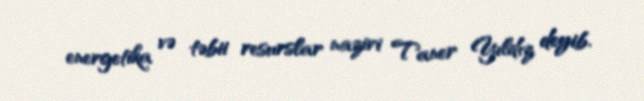
energetika və təbii resurslar naziri Taner Yıldız deyib.